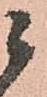
候